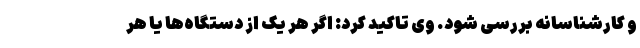
و کارشناسانه بررسی شود. وی تاکید کرد: اگر هر یک از دستگاه‌ها یا هر